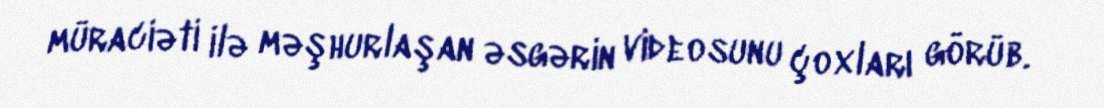
müraciəti ilə məşhurlaşan əsgərin videosunu çoxları görüb.